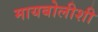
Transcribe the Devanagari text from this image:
मायबोलीशी